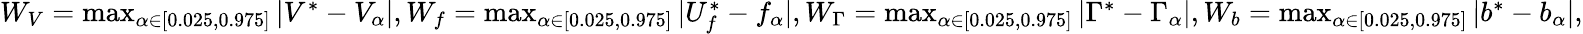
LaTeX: \begin{array}{r}{W_{V}=\operatorname*{max}_{\alpha\in[0.025,0.975]}|V^{*}-V_{\alpha}|,W_{f}=\operatorname*{max}_{\alpha\in[0.025,0.975]}|U_{f}^{*}-f_{\alpha}|,W_{\Gamma}=\operatorname*{max}_{\alpha\in[0.025,0.975]}|\Gamma^{*}-\Gamma_{\alpha}|,W_{b}=\operatorname*{max}_{\alpha\in[0.025,0.975]}|b^{*}-b_{\alpha}|,}\end{array}